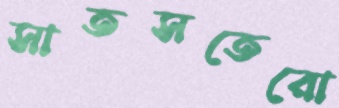
সাতসতেরো